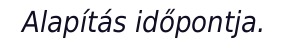
Alapítás időpontja.